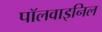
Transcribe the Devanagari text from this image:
पॉलवाइनिल